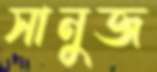
সানুজ